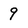
Character: 9